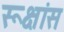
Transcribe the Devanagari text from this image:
रूक्षांस